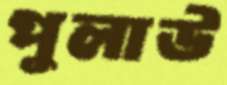
পুলাউ